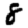
Digit: 8